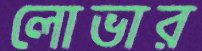
লোভার